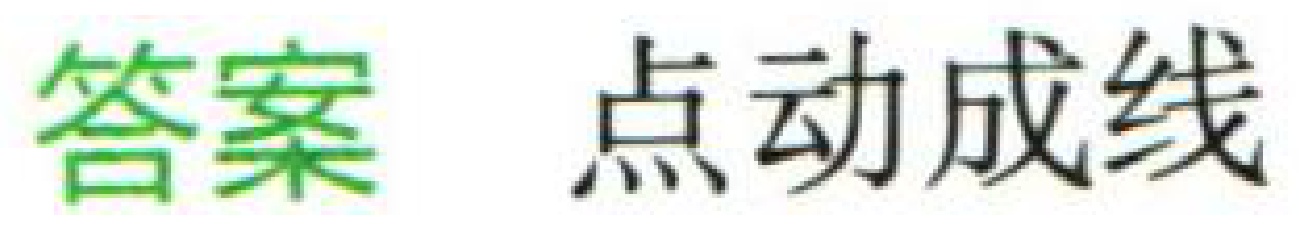
答案 点动成线